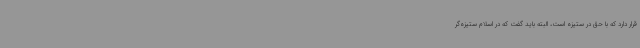
قرار دارد که با حق در ستیزه است، البته باید گفت که در اسلام ستیزه‌گر